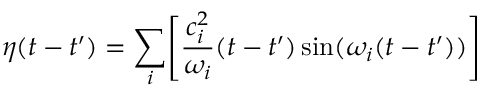
\eta ( t - t ^ { \prime } ) = \sum _ { i } \Biggl [ \frac { c _ { i } ^ { 2 } } { \omega _ { i } } ( t - t ^ { \prime } ) \sin ( \omega _ { i } ( t - t ^ { \prime } ) ) \Biggr ]